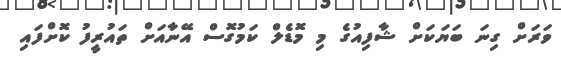
ވަރަށް ގިނަ ބަޔަކަށް ޝާފިއުގެ މި މޮޑެލް ކަމުގޮސް އޭނާއަށް ތައުރީފު ކޮށްފައި